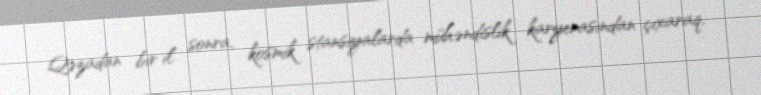
Qəzadan bir il sonra, kosmik stansiyalarda mühəndislik karyerasından çıxaraq,